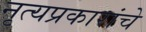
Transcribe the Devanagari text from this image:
नृत्यप्रकारांचे